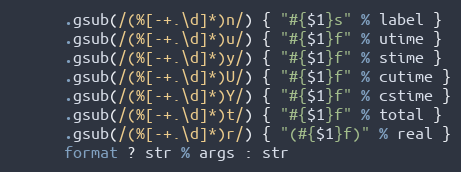
Language: Ruby
      .gsub(/(%[-+.\d]*)n/) { "#{$1}s" % label }
      .gsub(/(%[-+.\d]*)u/) { "#{$1}f" % utime }
      .gsub(/(%[-+.\d]*)y/) { "#{$1}f" % stime }
      .gsub(/(%[-+.\d]*)U/) { "#{$1}f" % cutime }
      .gsub(/(%[-+.\d]*)Y/) { "#{$1}f" % cstime }
      .gsub(/(%[-+.\d]*)t/) { "#{$1}f" % total }
      .gsub(/(%[-+.\d]*)r/) { "(#{$1}f)" % real }
      format ? str % args : str